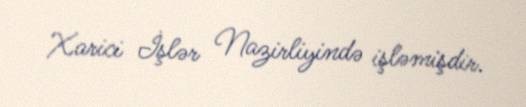
Xarici İşlər Nazirliyində işləmişdir.